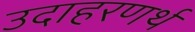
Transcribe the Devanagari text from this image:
उदाहरणर्थ